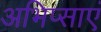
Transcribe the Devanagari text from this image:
अभिप्साएं